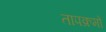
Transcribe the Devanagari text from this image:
तापक्रमों